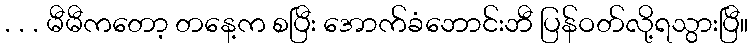
. . . မီမီကတော့ တနေ့က စပြီး အောက်ခံဘောင်းဘီ ပြန်ဝတ်လို့ရသွားပြီ။